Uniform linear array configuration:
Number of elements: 64
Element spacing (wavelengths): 1
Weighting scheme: exponential
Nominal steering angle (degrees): -60
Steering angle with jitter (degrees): -60.487
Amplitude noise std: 0.05
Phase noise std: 0.05

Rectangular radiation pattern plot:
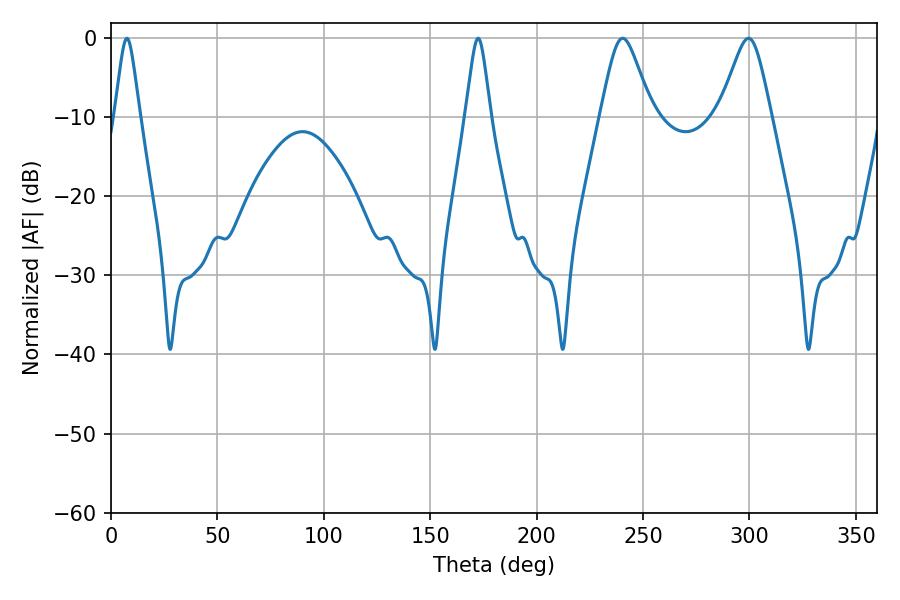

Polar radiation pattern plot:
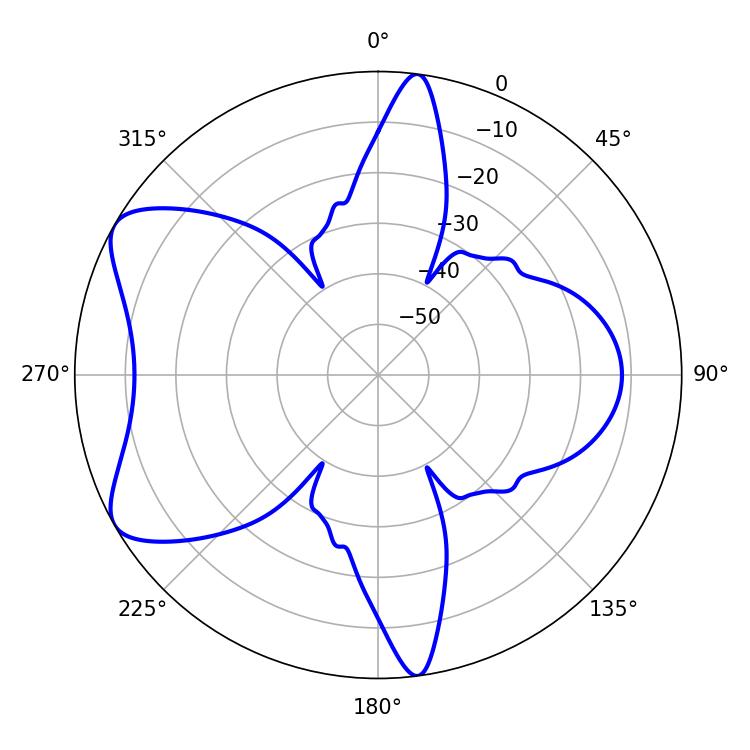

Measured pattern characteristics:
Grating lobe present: TRUE
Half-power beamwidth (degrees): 11.7
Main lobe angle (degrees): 240.48